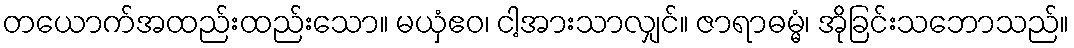
တယောက်အထည်းထည်းသော။ မယှံဧဝ၊ ငါ့အားသာလျှင်။ ဇာရာဓမ္မံ၊ အိုခြင်းသဘောသည်။